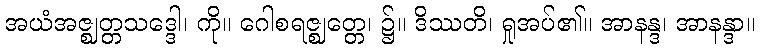
အယံအဇ္ဈတ္တသဒ္ဒေါ၊ ကို။ ဂေါစရဇ္ဈတ္တေ၊ ၌။ ဒိဿတိ၊ ရှုအပ်၏။ အာနန္ဒ၊ အာနန္ဒာ။